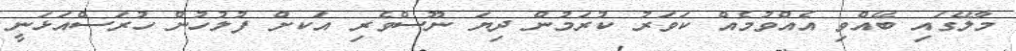
މާލޭގައި ބޭއްވި އެއްވުމެއް ކަވަރު ކުރަމުން ދިޔަ ނޫސްވެރި އަކށް ފުލުހުން ހުރަސްއަޅަނީ